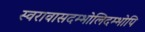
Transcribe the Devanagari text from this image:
स्वरावासदम्भोलिदम्भोपि